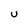
Character: u